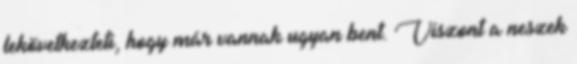
lekövetkezteti, hogy már vannak ugyan bent. Viszont a neszek